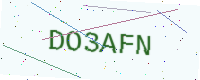
Text: DO3AFN